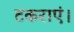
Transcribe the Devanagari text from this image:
टकराएं।